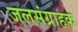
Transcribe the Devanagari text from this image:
जलसंग्राहक